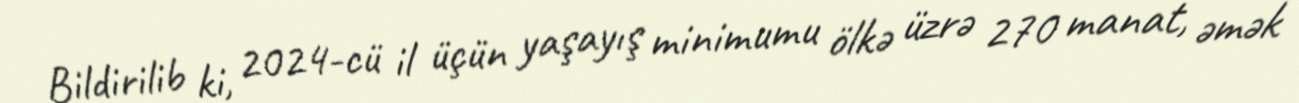
Bildirilib ki, 2024-cü il üçün yaşayış minimumu ölkə üzrə 270 manat, əmək